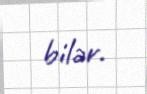
bilər.